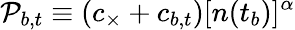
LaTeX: \mathcal{P}_{b,t}\equiv(c_{\times}+c_{b,t})[n(t_{b})]^{\alpha}